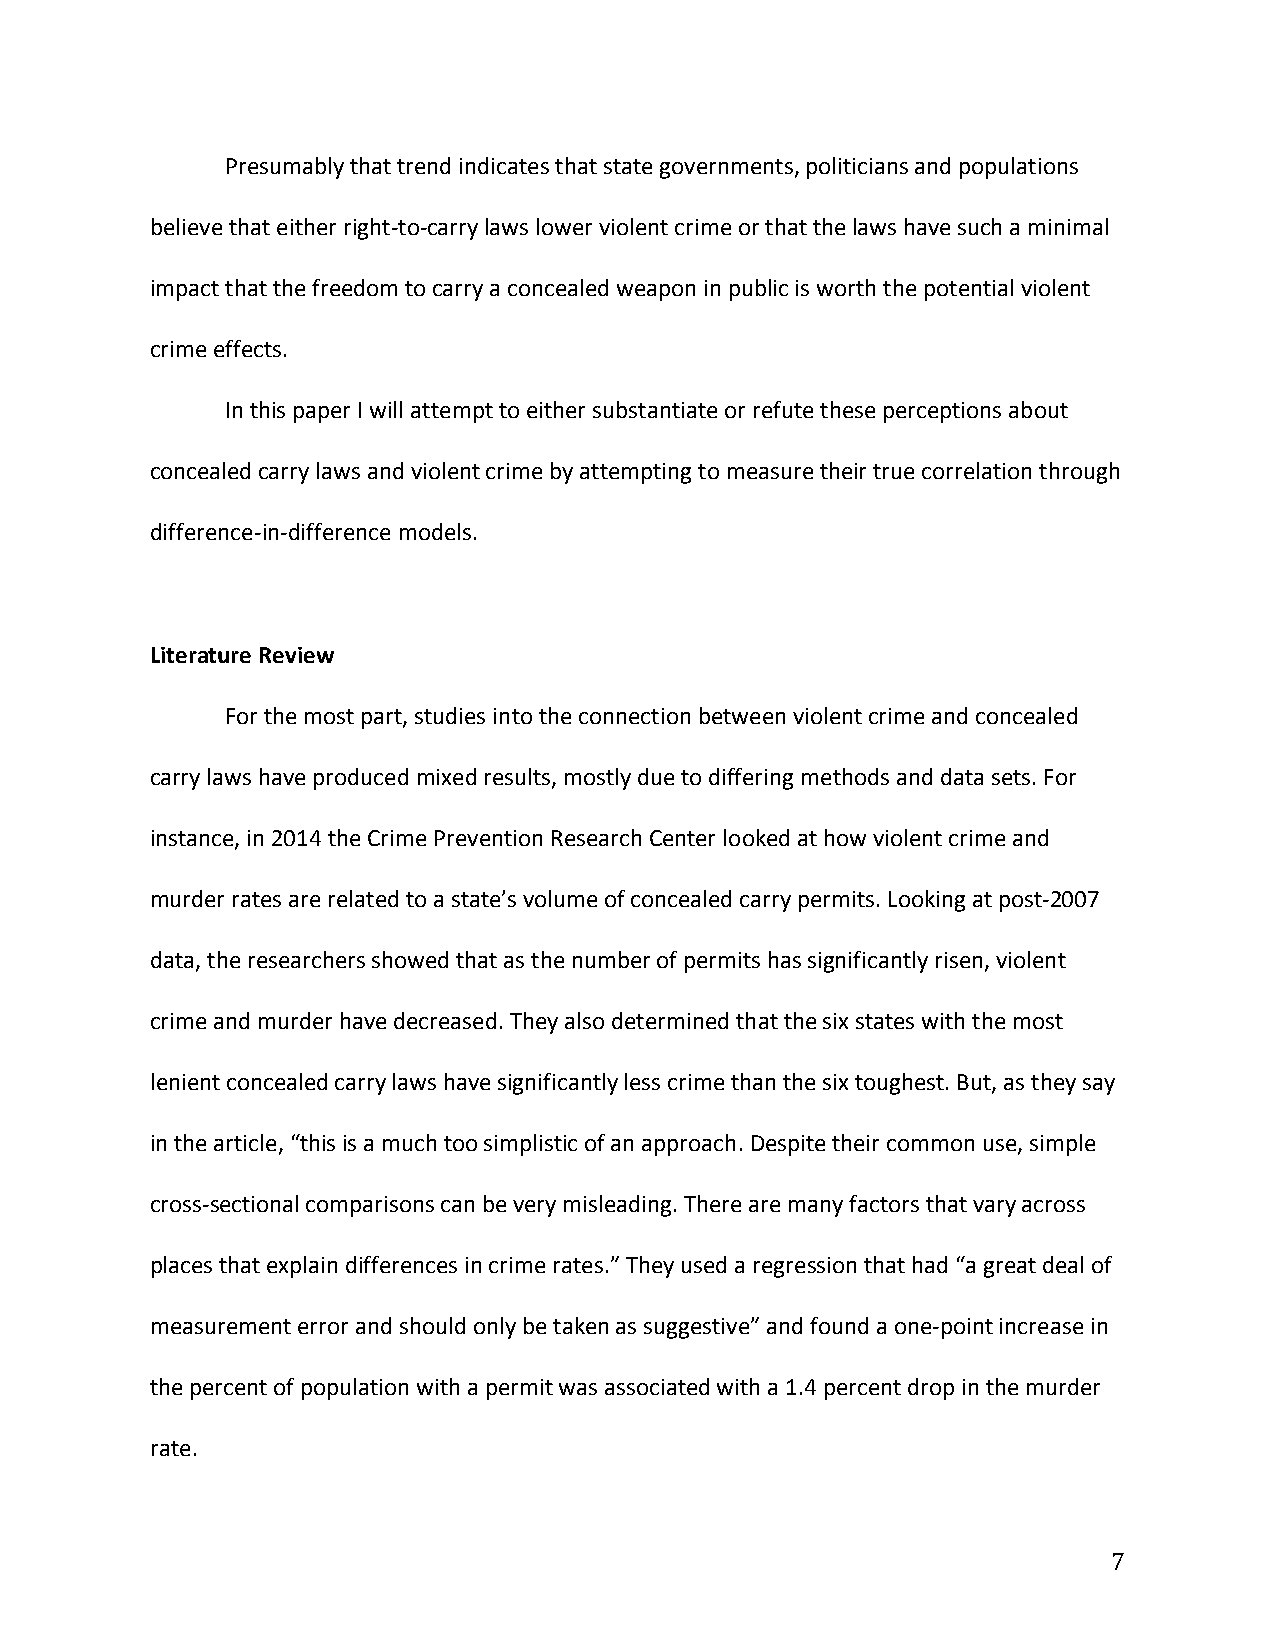
Presumably that trend indicates that state governments, politicians and populations
 believe that either right-­‐to-­‐carry laws lower violent crime or that the laws have such a minimal
 impact that the freedom to carry a concealed weapon in public is worth the potential violent
 crime effects.
 In this paper I will attempt to either substantiate or refute these perceptions about
 concealed carry laws and violent crime by attempting to measure their true correlation through
 difference-­‐in-­‐difference models.
 Literature Review
 For the most part, studies into the connection between violent crime and concealed
 carry laws have produced mixed results, mostly due to differing methods and data sets. For
 instance, in 2014 the Crime Prevention Research Center looked at how violent crime and
 murder rates are related to a state’s volume of concealed carry permits. Looking at post-­‐2007
 data, the researchers showed that as the number of permits has significantly risen, violent
 crime and murder have decreased. They also determined that the six states with the most
 lenient concealed carry laws have significantly less crime than the six toughest. But, as they say
 in the article, “this is a much too simplistic of an approach. Despite their common use, simple
 cross-­‐sectional comparisons can be very misleading. There are many factors that vary across
 places that explain differences in crime rates.” They used a regression that had “a great deal of
 measurement error and should only be taken as suggestive” and found a one-­‐point increase in
 the percent of population with a permit was associated with a 1.4 percent drop in the murder
 rate.
 7